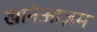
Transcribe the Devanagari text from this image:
खानेआज़म